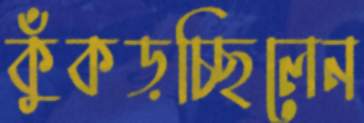
কুঁকড়চ্ছিলেন